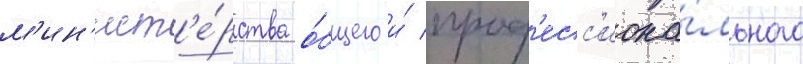
м'ин'ист'е́рства о́бщего и́ проф'есс'иона́льного